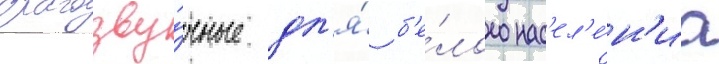
благозву́чные дл'я́ б'е́лого нас'ел'е́н'иа